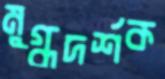
মুগ্ধদর্শক